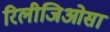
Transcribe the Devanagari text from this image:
रिलीजिओसा